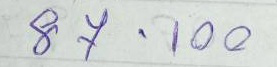
87 - 100